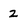
Character: 2